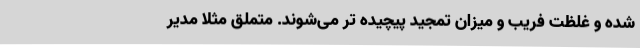
شده و غلظتِ فریب و میزانِ تمجید پیچیده تر می‌شوند. متملق مثلاً مدیر